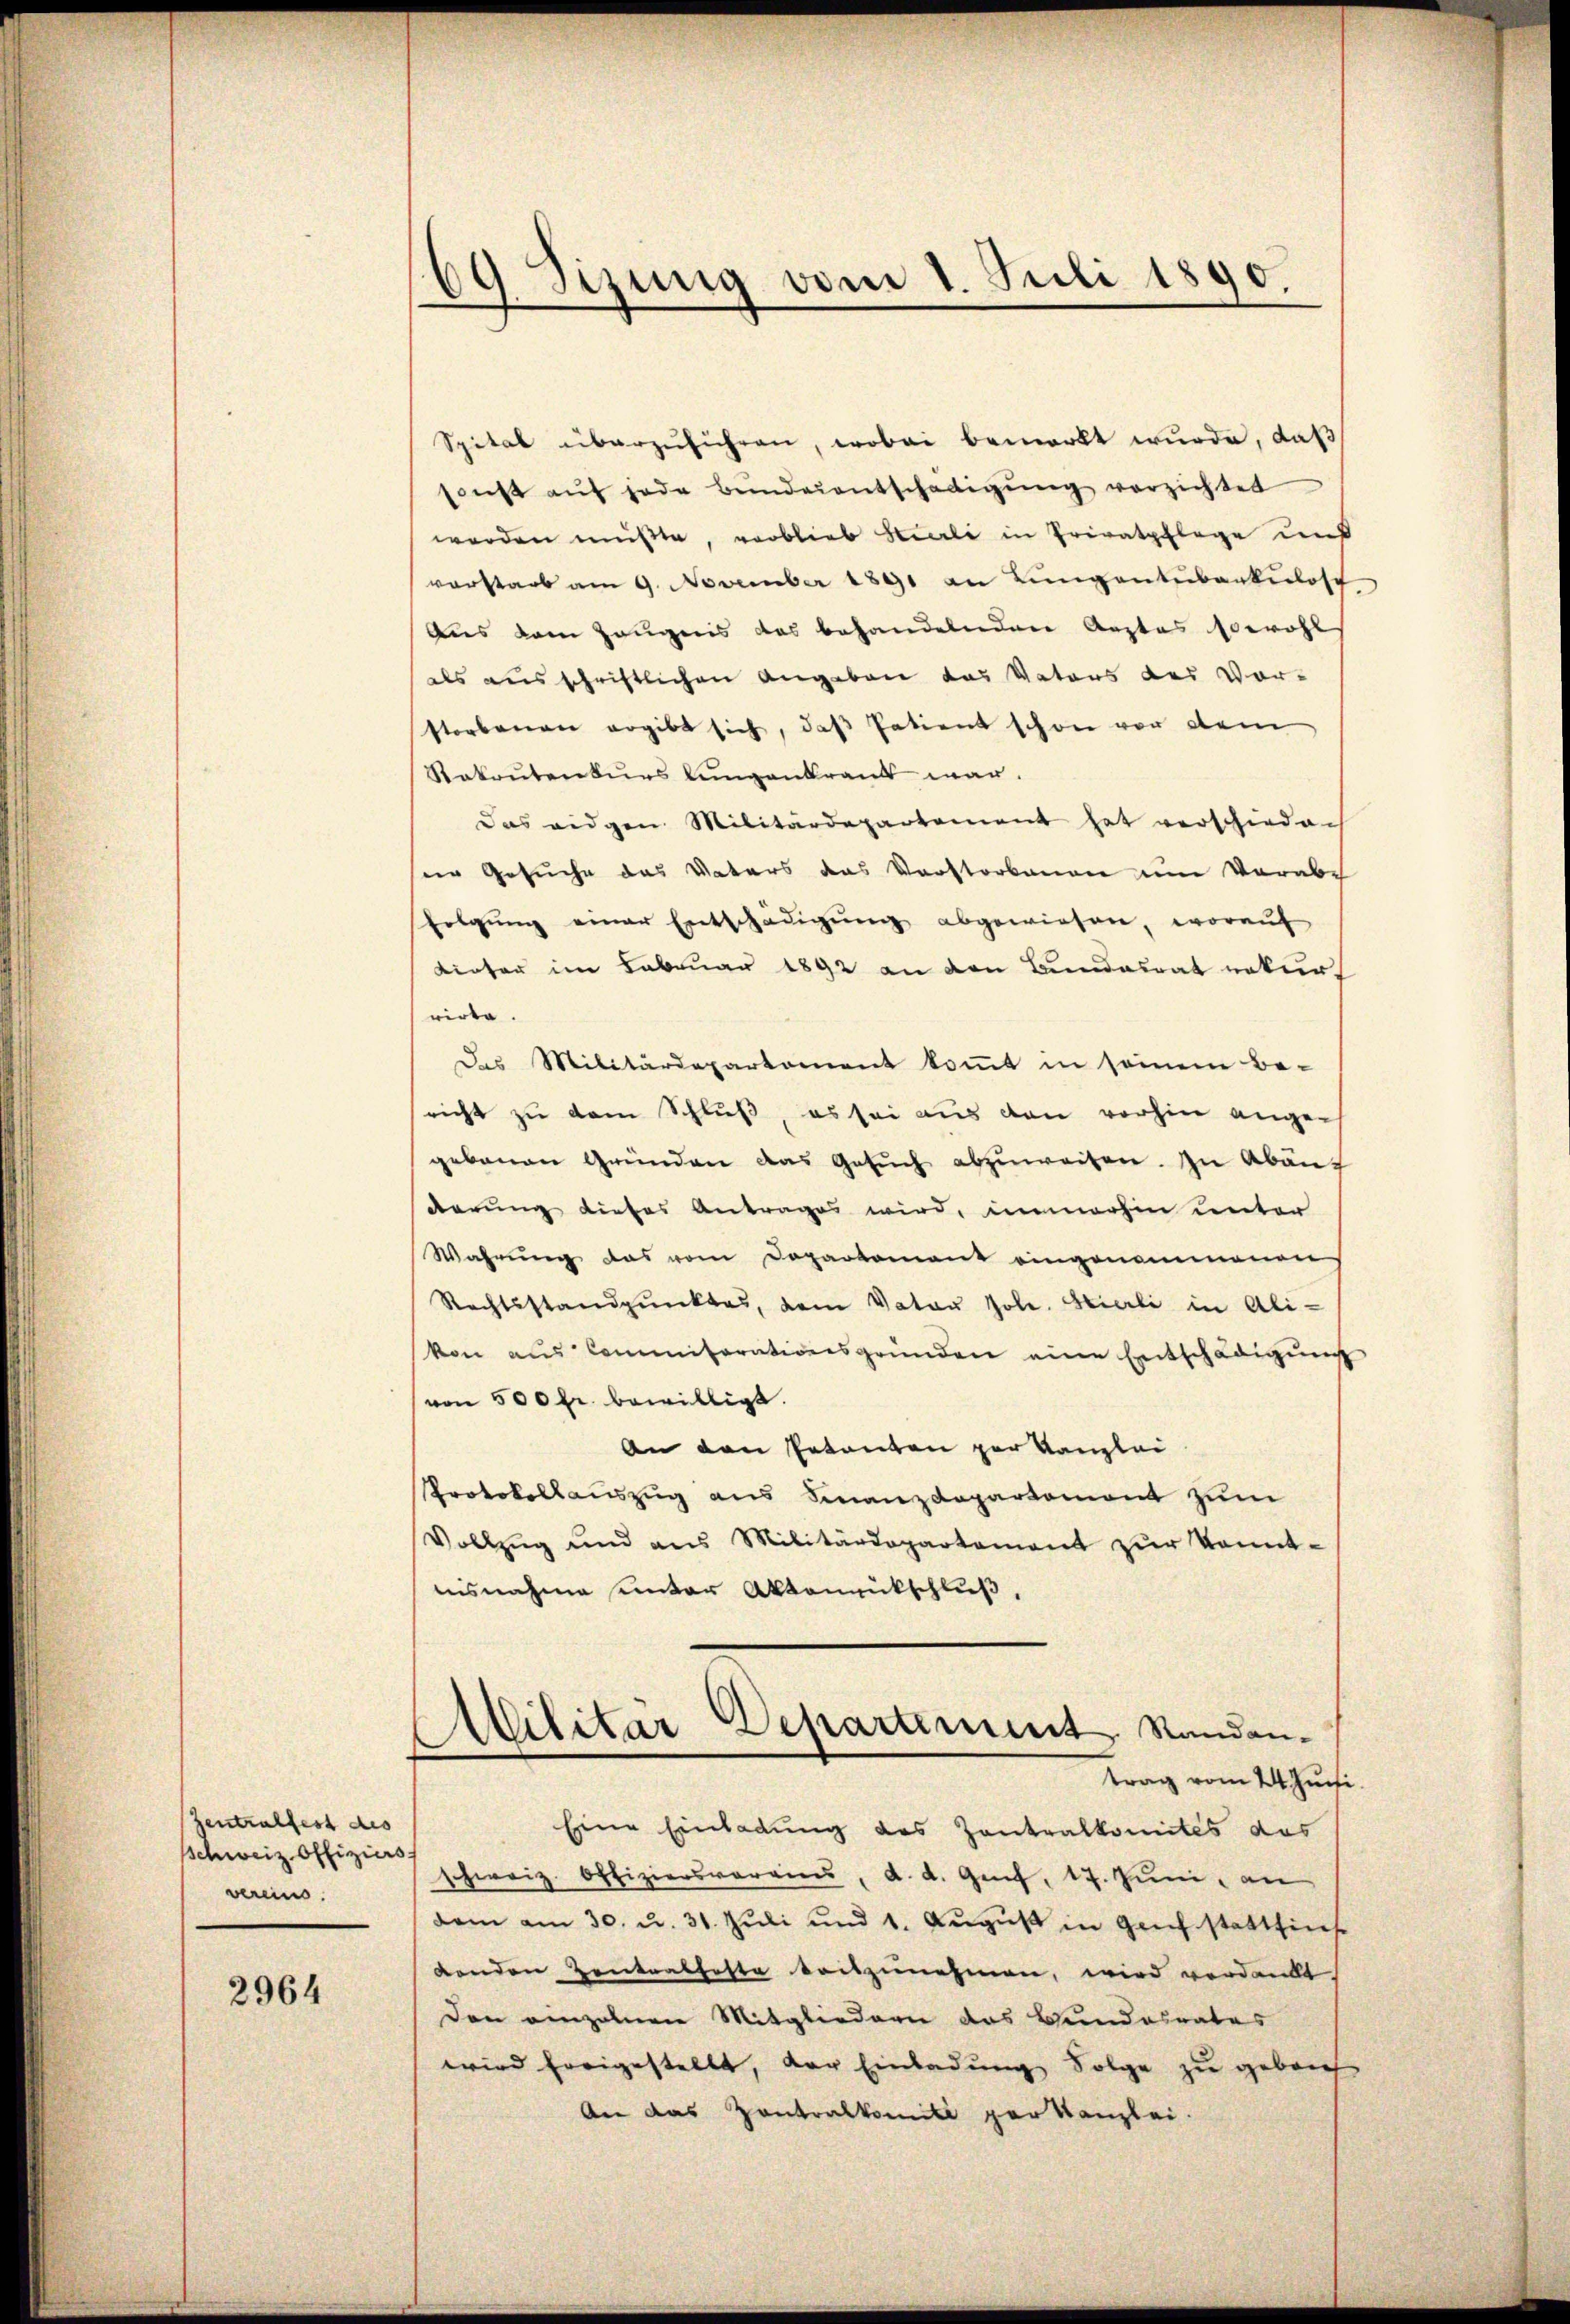
Zentralfest des
schweiz. Offiziers
vereins.

2964

69 Sizung vom 1. Juli 1890.
.

Spital überzŭführen, wobei bemerkt wurde, daß
sonst aŭf jede Bunderentschädigŭng verzichtet
worden müßte, verblieb Sieli in Privatpflege und
vorstarb am 9. November 1891 an Lungentuberkulosc
Aus dem Zeugnis das behandelnden Arztes sowohl
als ausschriftlichen Angeben das Vaters der Vor-
storbenen ergibt sich, das Patient schon vor dem
Rakoŭtenkŭrs Lungenkrank war.
Das eidgen Militärdepartement hat verschieden
ir Gesuche das Vaters das Verstorbenen um Vorabe
folgŭng einer Entschädigŭng abgewiesen, worauf
tinter im Februar 1892 an den Bundesrat nekurrirte.
Das Militärdepartement kommt in seinem Be-
richt zu dem Schluß, es sei aus den vorhin ange-
gebauen Gründen das Gesŭch abzŭweisen. In Abän
derung dieses Antrages wird, immerhin unter
Wahrung das vom Departement eingenommenen
Rechtsstandpŭnktes, dem Vater Joh. Hierli in Ali-
kon aus Commisorationsgründen eine Entschädigung
von 500 fr. bewilligt.
An den Petenten zur Kanzlei
Protokollauszug aus Finanzdepartement zum
Vollzŭg und aus Militärdepartement zŭr konnt-
nisnahme unter Aktenrückschluß,
Militar Departement. Sandantrag vom 24. Juni.
Eine Einladung des Zentralkomités das
schweiz. Offiziersvereins, d. d. Genf, 17. Juni, an
dam am 30. u. 31. Jŭli und 1. Aŭgŭst in geich stattfin
denden Zentralfeste Seitzunehmen, wird verdankt.
Den einzelnen Mitgliedern das Bundesrates
wird freigestellt, der Einladung Folge zu gebrach
An das Zentralkomité par Kanzlei.